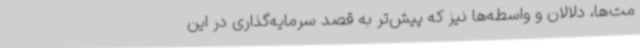
مت‌ها، دلالان و واسطه‌ها نیز که پیش‌تر به قصد سرمایه‌گذاری در این